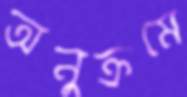
অনুক্রমে